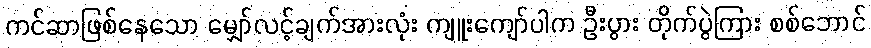
ကင်ဆာဖြစ်နေသော မျှော်လင့်ချက်အားလုံး ကျူးကျော်ပါက ဦးပွား တိုက်ပွဲကြား စစ်ဘောင်